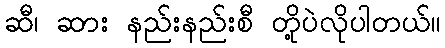
ဆီ၊ ဆား နည်းနည်းစီ တို့ပဲလိုပါတယ်။